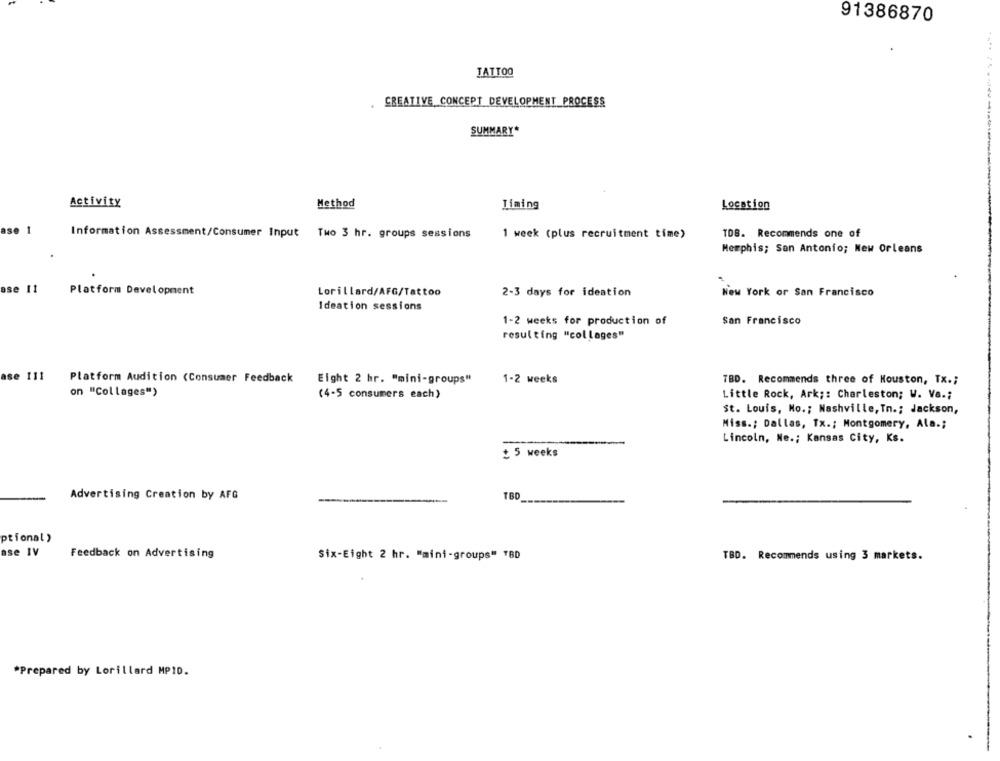
91386870
TATTOO
CREATIVE CONCEPT DEVELOPMENT PROCESS
SUMMARY*
Activity
Method
Timing
Location
ase 1
Information Assessment/Consumer Input Two 3 hr. groups sessions
1 week (plus recruitment time)
TDB. Recommends one of
Memphis; San Antonio; New Orleans
ase 11
Platform Development
Lorillard/AFG/Tattoo
2-3 days for ideation
New York or San Francisco
Ideation sessions
1-2 weeks for production of
San Francisco
resulting "col lages"
ase 111
Platform Audition (Consumer Feedback
Eight 2 hr. "mini-groups"
1-2 weeks
TBD. Recommends three of Houston, Tx .;
on "Col lages")
(4-5 consumers each)
Little Rock, Ark ;: Charleston; W. Va .;
St. Louis, Mo .; Nashville, Tn .; Jackson,
Miss .; Dallas, Tx .; Montgomery, Ala .;
Lincoln, Ne .; Kansas City, Ks.
+ 5 weeks
TBD
Advertising Creation by AFG
ptional )
ase IV
Feedback on Advertising
Six-Eight 2 hr. "mini-groups" "BD
TBD. Recommends using 3 markets.
*Prepared by Lorillard MP10.